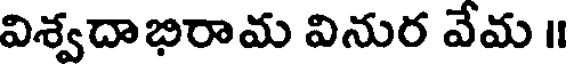
విశ్వదాభిరామ వినుర వేమ ॥